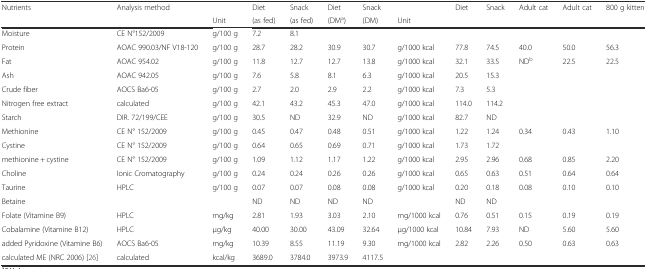
<table><thead><tr><td><b>Nutrients</b></td><td><b>Analysis method</b></td><td></td><td><b>Diet</b></td><td><b>Snack</b></td><td><b>Diet</b></td><td><b>Snack</b></td><td></td><td><b>Diet</b></td><td><b>Snack</b></td><td><b>Adult cat</b></td><td><b>Adult cat</b></td><td><b>800 g kitten</b></td></tr><tr><td></td><td></td><td><b>Unit</b></td><td><b>(as fed)</b></td><td><b>(as fed)</b></td><td><b>(DM<sup>a</sup>)</b></td><td><b>(DM)</b></td><td><b>Unit</b></td><td></td><td></td><td></td><td></td><td></td></tr></thead><tbody><tr><td>Moisture</td><td>CE N°152/2009</td><td>g/100 g</td><td>7.2</td><td>8.1</td><td></td><td></td><td></td><td></td><td></td><td></td><td></td><td></td></tr><tr><td>Protein</td><td>AOAC 990.03/NF V18-120</td><td>g/100 g</td><td>28.7</td><td>28.2</td><td>30.9</td><td>30.7</td><td>g/1000 kcal</td><td>77.8</td><td>74.5</td><td>40.0</td><td>50.0</td><td>56.3</td></tr><tr><td>Fat</td><td>AOAC 954.02</td><td>g/100 g</td><td>11.8</td><td>12.7</td><td>12.7</td><td>13.8</td><td>g/1000 kcal</td><td>32.1</td><td>33.5</td><td>ND<sup>b</sup></td><td>22.5</td><td>22.5</td></tr><tr><td>Ash</td><td>AOAC 942.05</td><td>g/100 g</td><td>7.6</td><td>5.8</td><td>8.1</td><td>6.3</td><td>g/1000 kcal</td><td>20.5</td><td>15.3</td><td></td><td></td><td></td></tr><tr><td>Crude fiber</td><td>AOCS Ba6-05</td><td>g/100 g</td><td>2.7</td><td>2.0</td><td>2.9</td><td>2.2</td><td>g/1000 kcal</td><td>7.3</td><td>5.3</td><td></td><td></td><td></td></tr><tr><td>Nitrogen free extract</td><td>calculated</td><td>g/100 g</td><td>42.1</td><td>43.2</td><td>45.3</td><td>47.0</td><td>g/1000 kcal</td><td>114.0</td><td>114.2</td><td></td><td></td><td></td></tr><tr><td>Starch</td><td>DIR. 72/199/CEE</td><td>g/100 g</td><td>30.5</td><td>ND</td><td>32.9</td><td>ND</td><td>g/1000 kcal</td><td>82.7</td><td>ND</td><td></td><td></td><td></td></tr><tr><td>Methionine</td><td>CE N° 152/2009</td><td>g/100 g</td><td>0.45</td><td>0.47</td><td>0.48</td><td>0.51</td><td>g/1000 kcal</td><td>1.22</td><td>1.24</td><td>0.34</td><td>0.43</td><td>1.10</td></tr><tr><td>Cystine</td><td>CE N° 152/2009</td><td>g/100 g</td><td>0.64</td><td>0.65</td><td>0.69</td><td>0.71</td><td>g/1000 kcal</td><td>1.73</td><td>1.72</td><td></td><td></td><td></td></tr><tr><td>methionine + cystine</td><td>CE N° 152/2009</td><td>g/100 g</td><td>1.09</td><td>1.12</td><td>1.17</td><td>1.22</td><td>g/1000 kcal</td><td>2.95</td><td>2.96</td><td>0.68</td><td>0.85</td><td>2.20</td></tr><tr><td>Choline</td><td>Ionic Cromatography</td><td>g/100 g</td><td>0.24</td><td>0.24</td><td>0.26</td><td>0.26</td><td>g/1000 kcal</td><td>0.65</td><td>0.63</td><td>0.51</td><td>0.64</td><td>0.64</td></tr><tr><td>Taurine</td><td>HPLC</td><td>g/100 g</td><td>0.07</td><td>0.07</td><td>0.08</td><td>0.08</td><td>g/1000 kcal</td><td>0.20</td><td>0.18</td><td>0.08</td><td>0.10</td><td>0.10</td></tr><tr><td>Betaine</td><td></td><td></td><td>ND</td><td>ND</td><td>ND</td><td>ND</td><td></td><td>ND</td><td>ND</td><td></td><td></td><td></td></tr><tr><td>Folate (Vitamine B9)</td><td>HPLC</td><td>mg/kg</td><td>2.81</td><td>1.93</td><td>3.03</td><td>2.10</td><td>mg/1000 kcal</td><td>0.76</td><td>0.51</td><td>0.15</td><td>0.19</td><td>0.19</td></tr><tr><td>Cobalamine (Vitamine B12)</td><td>HPLC</td><td>μg/kg</td><td>40.00</td><td>30.00</td><td>43.09</td><td>32.64</td><td>μg/1000 kcal</td><td>10.84</td><td>7.93</td><td>ND</td><td>5.60</td><td>5.60</td></tr><tr><td>added Pyridoxine (Vitamine B6)</td><td>AOCS Ba6-05</td><td>mg/kg</td><td>10.39</td><td>8.55</td><td>11.19</td><td>9.30</td><td>mg/1000 kcal</td><td>2.82</td><td>2.26</td><td>0.50</td><td>0.63</td><td>0.63</td></tr><tr><td>calculated ME (NRC 2006) [26]</td><td>calculated</td><td>kcal/kg</td><td>3689.0</td><td>3784.0</td><td>3973.9</td><td>4117.5</td><td></td><td></td><td></td><td></td><td></td><td></td></tr></tbody></table>